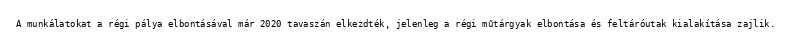
A munkálatokat a régi pálya elbontásával már 2020 tavaszán elkezdték, jelenleg a régi műtárgyak elbontása és feltáróutak kialakítása zajlik.